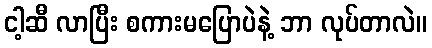
ငါ့ဆီ လာပြီး စကားမပြောပဲနဲ့ ဘာ လုပ်တာလဲ။